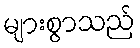
များစွာသည်